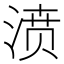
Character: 𣸣